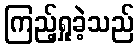
ကြည့်ရှုခဲ့သည်